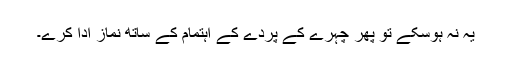
یہ نہ ہوسکے تو پھر چہرے کے پردے کے اہتمام کے ساتھ نماز ادا کرے۔